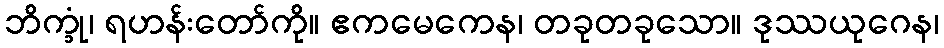
ဘိက္ခုံ၊ ရဟန်းတော်ကို။ ဧကမေကေန၊ တခုတခုသော။ ဒုဿယုဂေန၊